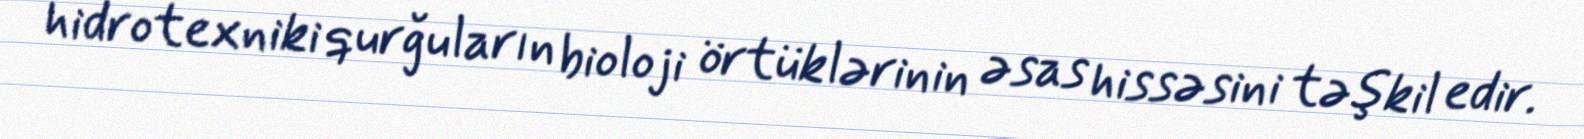
hidrotexniki qurğuların bioloji örtüklərinin əsas hissəsini təşkil edir.